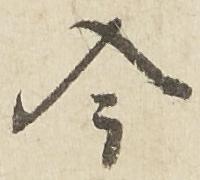
今